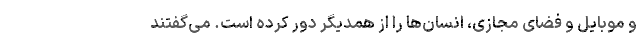
و موبایل و فضای مجازی، انسان‌ها را از همدیگر دور کرده است. می‌‌گفتند